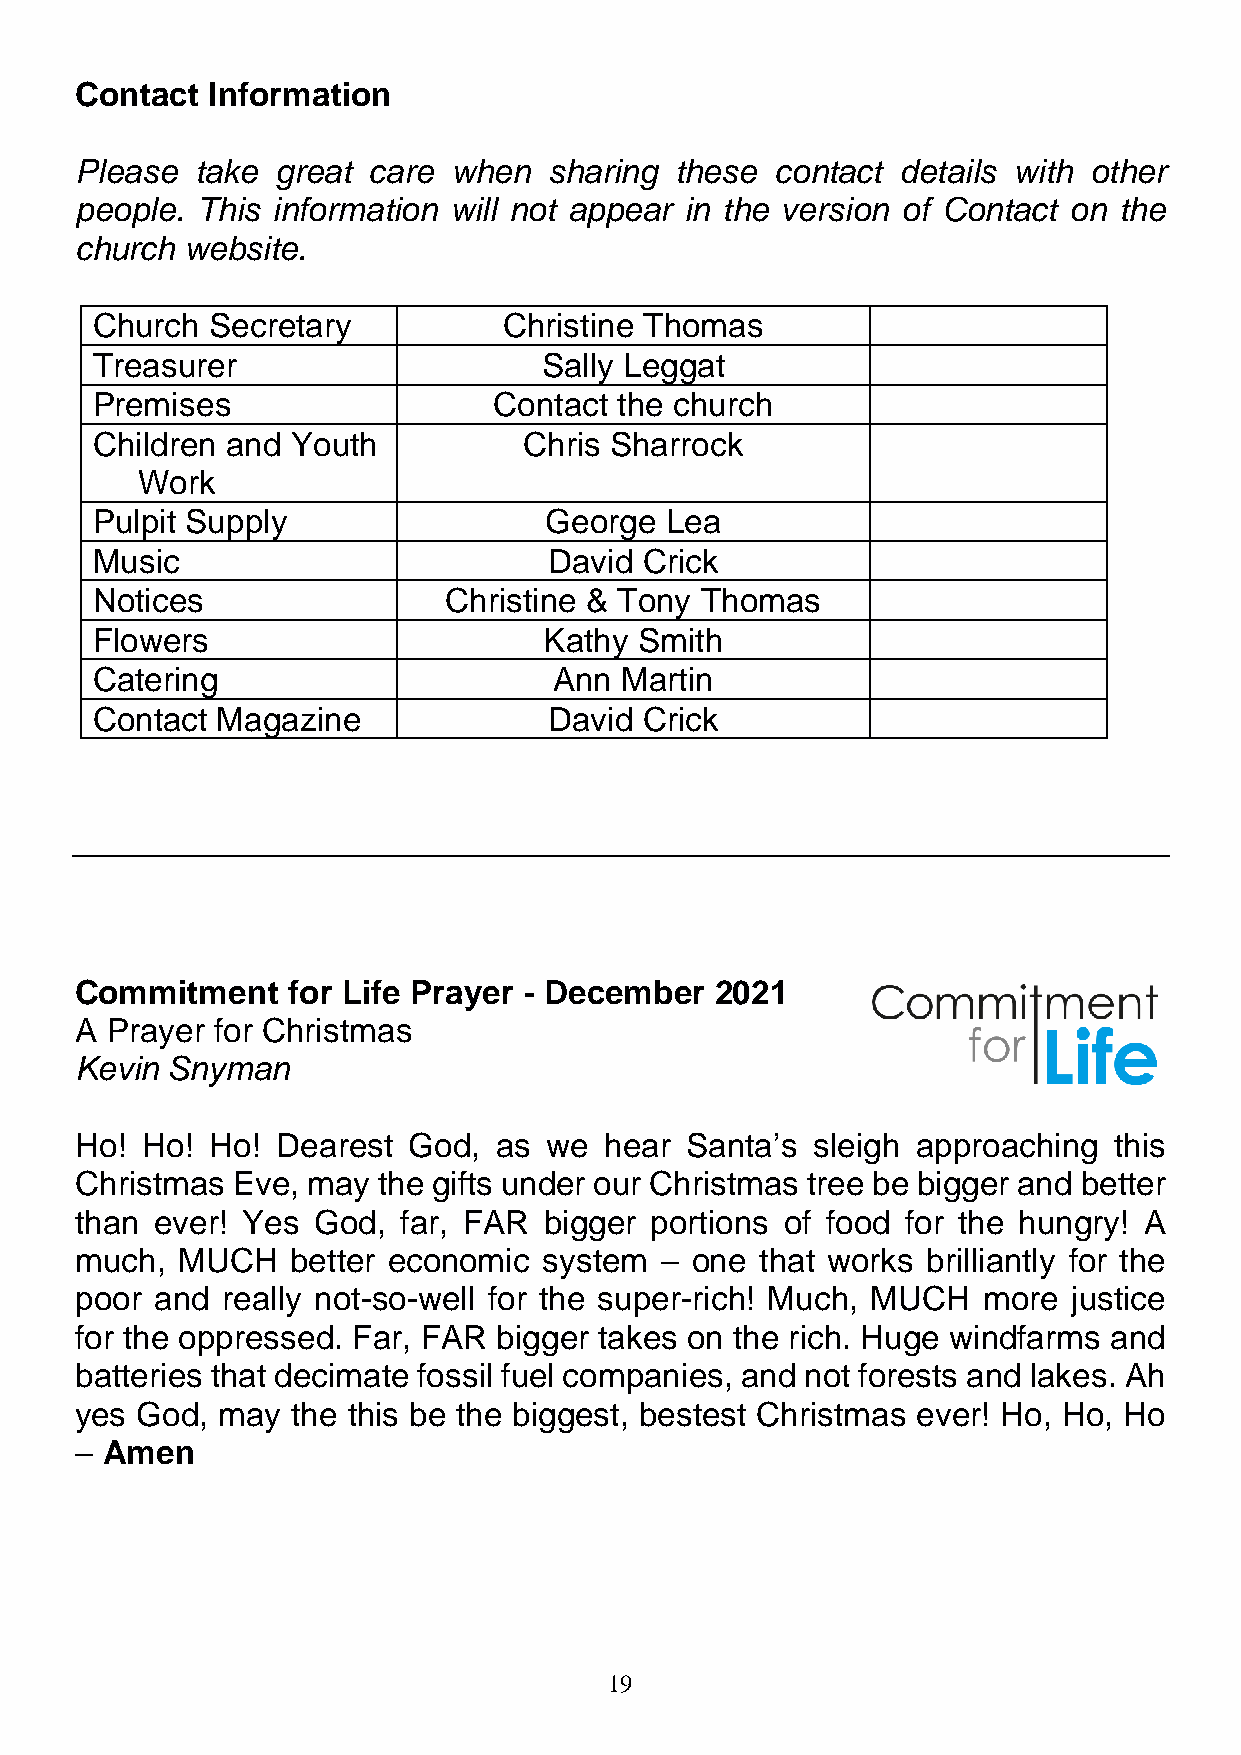
Contact  Information
 Please  take great care  when  sharing  these contact  details with other
 people. This information will not appear in the version of Contact on the
 church website.
 Church  Secretary          Christine Thomas
 Treasurer                     Sally Leggat
 Premises                   Contact the church
 Children and Youth           Chris Sharrock
 Work
 Pulpit Supply                 George  Lea
 Music                         David  Crick
 Notices                Christine & Tony Thomas
 Flowers                       Kathy Smith
 Catering                       Ann Martin
 Contact Magazine              David  Crick
 Commitment    for Life Prayer - December  2021
 A Prayer for Christmas
 Kevin Snyman
 Ho! Ho!  Ho! Dearest  God,  as we  hear Santa’s  sleigh approaching  this
 Christmas Eve, may  the gifts under our Christmas tree be bigger and better
 than ever! Yes  God, far, FAR  bigger portions of food for the hungry! A
 much,  MUCH   better economic  system  – one that works brilliantly for the
 poor and  really not-so-well for the super-rich! Much, MUCH more  justice
 for the oppressed. Far, FAR bigger takes on the rich. Huge windfarms and
 batteries that decimate fossil fuel companies, and not forests and lakes. Ah
 yes God, may  the this be the biggest, bestest Christmas ever! Ho, Ho, Ho
 – Amen
 19